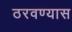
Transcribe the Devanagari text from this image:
ठरवण्यास